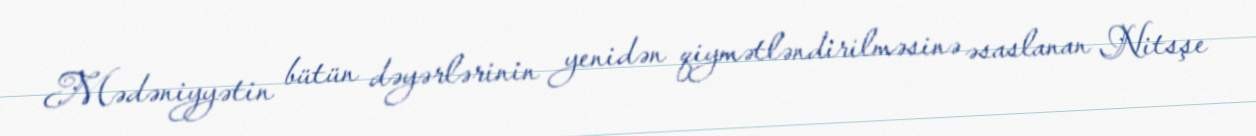
Mədəniyyətin bütün dəyərlərinin yenidən qiymətləndirilməsinə əsaslanan Nitsşe